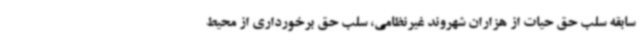
سابقه سلب حق حیات از هزاران شهروند غیرنظامی، سلب حق برخورداری از محیط